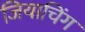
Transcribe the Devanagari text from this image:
जियाचिंग